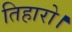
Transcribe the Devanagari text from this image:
तिहारो।